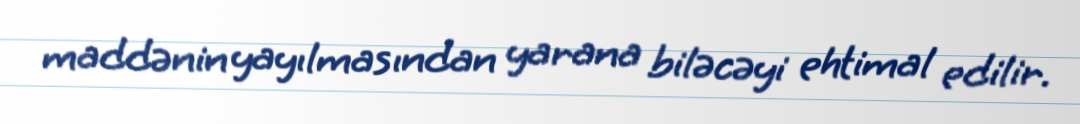
maddənin yayılmasından yarana biləcəyi ehtimal edilir.